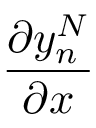
\frac { \partial y _ { n } ^ { N } } { \partial x }